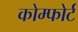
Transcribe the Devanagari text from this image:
कोम्फोर्ट